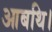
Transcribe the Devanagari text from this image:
आबथि।